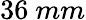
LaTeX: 36~mm